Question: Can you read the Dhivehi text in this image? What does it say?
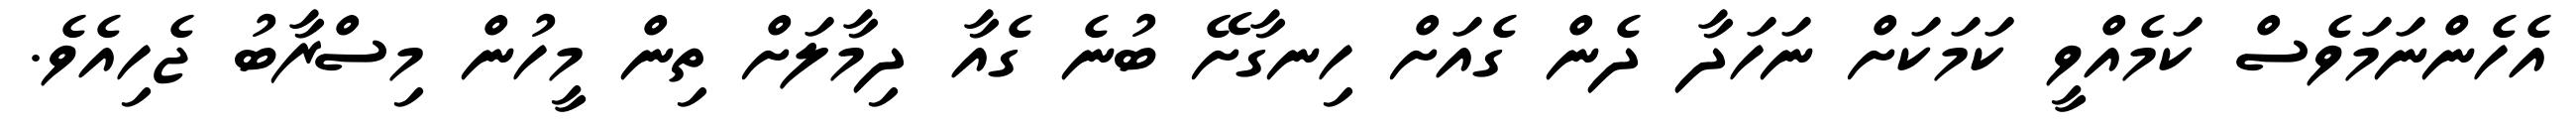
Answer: އެހެންނަމަވެސް ކަމެއްވީ ކަމަކަށް ނަހަދާ ދެން ގެއަށް ހިނގާށޭ ބުނެ ގެއާ ދިމާލަށް ތިން މީހުން މިސްރާބު ޖެހިއެވެ.